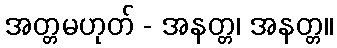
အတ္တမဟုတ် - အနတ္တ၊ အနတ္တ။